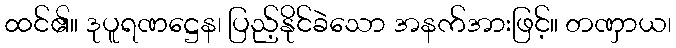
ထင်၏။ ဒုပူရဏဋ္ဌေန၊ ပြည့်နိုင်ခဲသော အနက်အားဖြင့်။ တဏှာယ၊